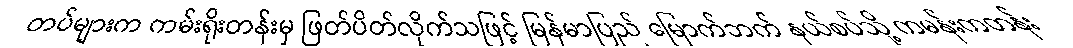
တပ်များက ကမ်းရိုးတန်းမှ ဖြတ်ပိတ်လိုက်သဖြင့် မြန်မာပြည် မြောက်ဘက် နယ်စပ်သို့ ကမန်းကတန်း